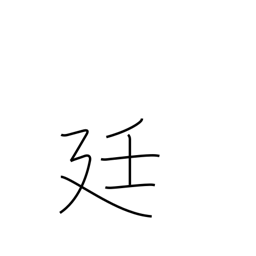
Meaning: imperial court